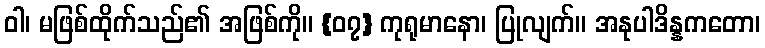
ဝါ၊ မဖြစ်ထိုက်သည်၏ အဖြစ်ကို။ {၀၇} ကုရုမာနော၊ ပြုလျက်။ အနုပါဒိန္နကတော၊